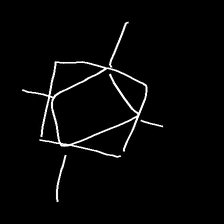
Glyph: light